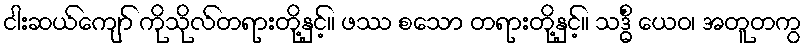
ငါးဆယ်ကျော် ကိုသိုလ်တရားတို့နှင့်။ ဖဿ စသော တရားတို့နှင့်။ သဒ္ဓိံ ယေဝ၊ အတူတကွ